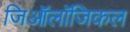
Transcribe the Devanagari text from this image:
जिऑलॉजिकल